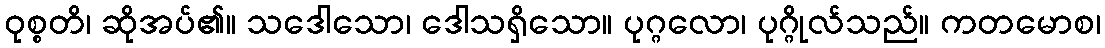
ဝုစ္စတိ၊ ဆိုအပ်၏။ သဒေါသော၊ ဒေါသရှိသော။ ပုဂ္ဂလော၊ ပုဂ္ဂိုလ်သည်။ ကတမောစ၊